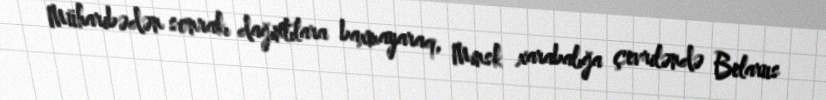
Müharibədən sonrakı dağıntılara baxmayaraq, Minsk xarabalığa çevriləndə Belarus